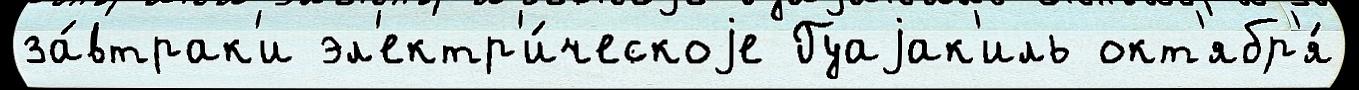
за́втрак'и эл'ектр'и́ческоjе Гуаjак'иль окт'ябр'я́